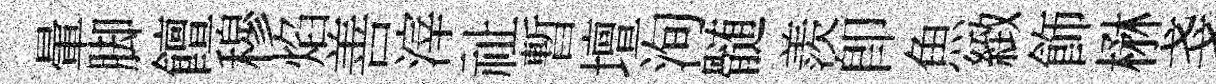
暈脚饘穆焰善滓祉暫壇洵髄羨卽魚緻飾楙戔